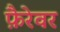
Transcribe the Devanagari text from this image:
फ़ैरेवर